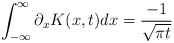
\begin{align*}\int_{-\infty}^{\infty}\partial_x K(x,t)dx=\frac{-1}{\sqrt{\pi t}} \end{align*}